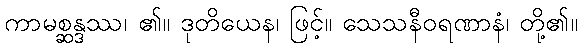
ကာမစ္ဆန္ဒဿ၊ ၏။ ဒုတိယေန၊ ဖြင့်။ သေသနီဝရဏာနံ၊ တို့၏။